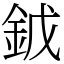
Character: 龯